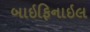
બાઇફિનાઇલ